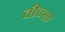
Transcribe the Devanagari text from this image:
वीन्स